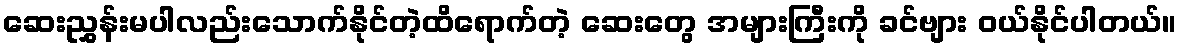
ဆေးညွှန်းမပါလည်းသောက်နိုင်တဲ့ထိရောက်တဲ့ ဆေးတွေ အများကြီးကို ခင်ဗျား ဝယ်နိုင်ပါတယ်။